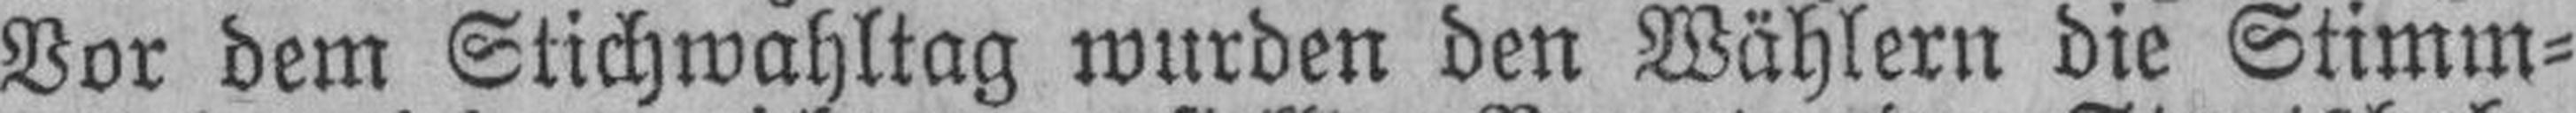
Vor dem Stichwahltag wurden den Wählern die Stimm¬